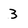
Character: 3